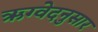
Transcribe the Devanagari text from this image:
ऋग्वेदनुसार